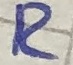
Text: R